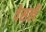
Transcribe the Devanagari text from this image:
वेसलें